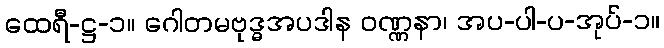
ထေရီ-ဋ္ဌ-၁။ ဂေါတမဗုဒ္ဓအပဒါန ဝဏ္ဏနာ၊ အပ-ပါ-ပ-အုပ်-၁။